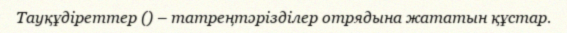
Тауқұдіреттер () – татреңтәрізділер отрядына жататын құстар.